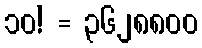
၁၀! = ၃၆၂၈၈၀၀